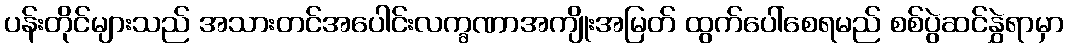
ပန်းတိုင်များသည် အသားတင်အပေါင်းလက္ခဏာအကျိုးအမြတ် ထွက်ပေါ်စေရမည် စစ်ပွဲဆင်နွှဲရာမှာ